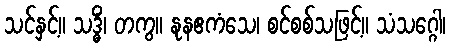
သင်နှင့်။ သဒ္ဓိံ၊ တကွ။ နုနဧကံသေ၊ စင်စစ်သဖြင့်။ သံသဂ္ဂေါ၊